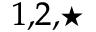
^ { 1 , 2 , \star }